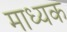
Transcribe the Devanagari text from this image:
माध्यक